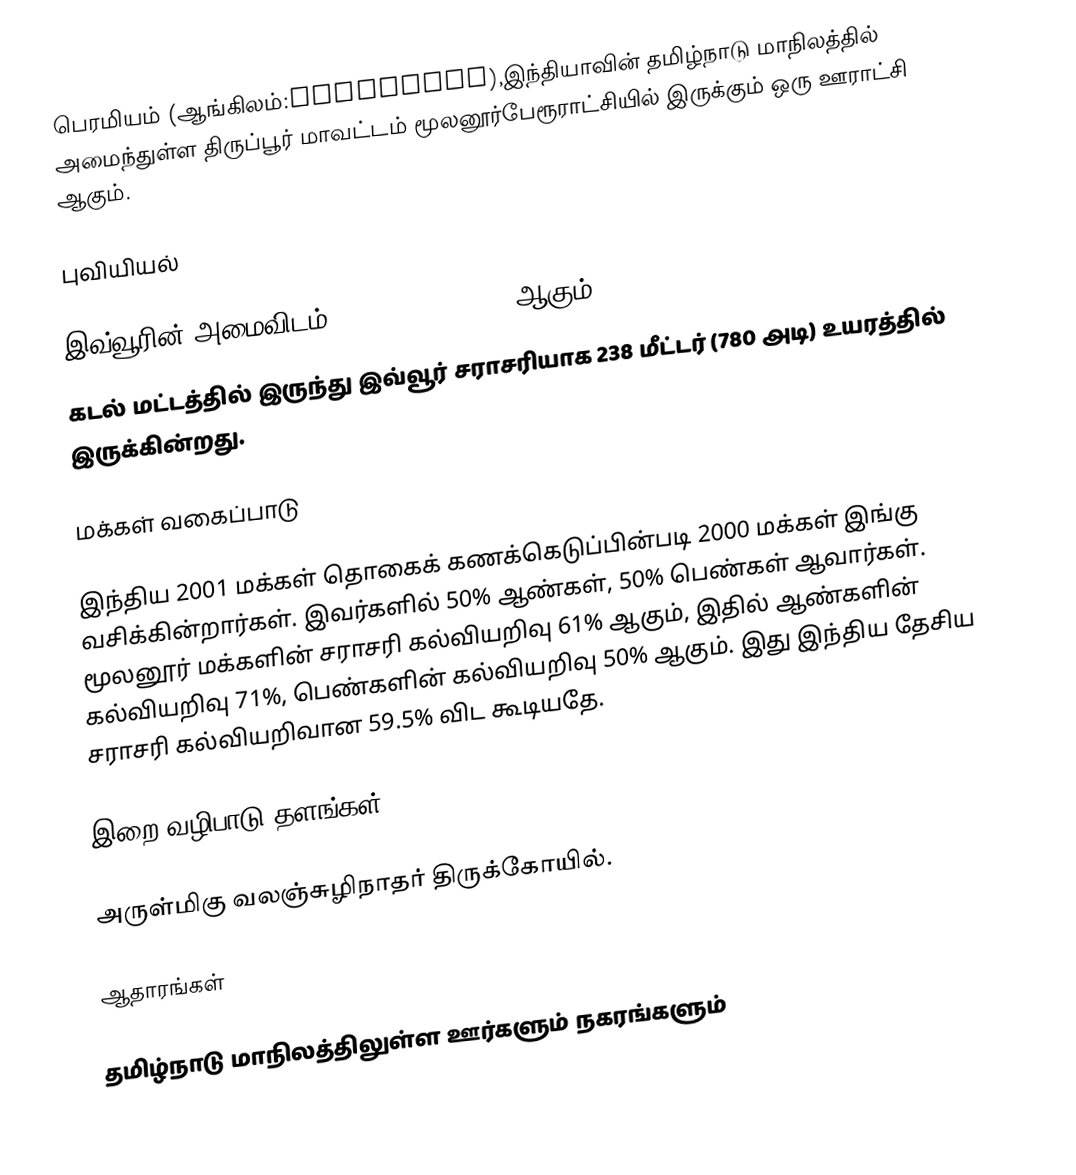
பெரமியம் (ஆங்கிலம்:Peramiyam),இந்தியாவின் தமிழ்நாடு மாநிலத்தில் அமைந்துள்ள திருப்பூர் மாவட்டம்  மூலனூர்பேரூராட்சியில் இருக்கும் ஒரு ஊராட்சி ஆகும்.

புவியியல்

இவ்வூரின் அமைவிடம் 10.80° N 77.63° E  ஆகும்.
கடல் மட்டத்தில் இருந்து இவ்வூர் சராசரியாக 238 மீட்டர் (780 அடி) உயரத்தில் இருக்கின்றது.

மக்கள் வகைப்பாடு

இந்திய 2001 மக்கள் தொகைக் கணக்கெடுப்பின்படி 2000 மக்கள் இங்கு வசிக்கின்றார்கள். இவர்களில் 50% ஆண்கள், 50% பெண்கள் ஆவார்கள். மூலனூர் மக்களின் சராசரி கல்வியறிவு 61% ஆகும், இதில் ஆண்களின் கல்வியறிவு 71%, பெண்களின் கல்வியறிவு 50% ஆகும். இது இந்திய தேசிய சராசரி கல்வியறிவான 59.5% விட கூடியதே.

இறை வழிபாடு தளங்கள்

அருள்மிகு வலஞ்சுழிநாதர் திருக்கோயில்.

ஆதாரங்கள்

 தமிழ்நாடு மாநிலத்திலுள்ள ஊர்களும் நகரங்களும்